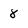
Character: 8